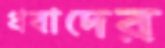
প্রবাদের